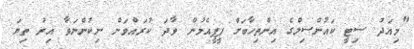
"މިއަދު ސިޓީ ކައުންސިލްގެ އިންތިހާބަށް ޕީޕީއެމުން ވާދަ ކުރައްވަން ނިކުންނަވާ އިރު ތިޔަ